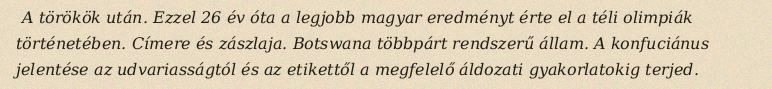
A törökök után. Ezzel 26 év óta a legjobb magyar eredményt érte el a téli olimpiák történetében. Címere és zászlaja. Botswana többpárt rendszerű állam. A konfuciánus jelentése az udvariasságtól és az etikettől a megfelelő áldozati gyakorlatokig terjed.